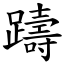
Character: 躊